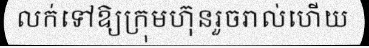
លក់ទៅឱ្យក្រុមហ៊ុនរួចរាល់ហើយ